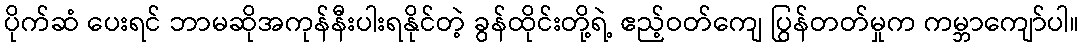
ပိုက်ဆံ ပေးရင် ဘာမဆိုအကုန်နီးပါးရနိုင်တဲ့ ခွန်ထိုင်းတို့ရဲ့ ဧည့်ဝတ်ကျေ ပြွန်တတ်မှုက ကမ္ဘာကျော်ပါ။